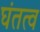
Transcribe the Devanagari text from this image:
घंतत्व